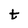
Character: t